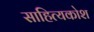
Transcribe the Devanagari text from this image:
साहित्यकोश